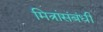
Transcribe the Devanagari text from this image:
मित्रांसंबंधी